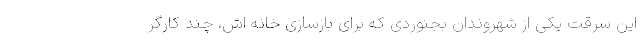
این سرقت یکی از شهروندان بجنوردی که برای بازسازی خانه اش، چند کارگر